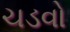
ચડવો